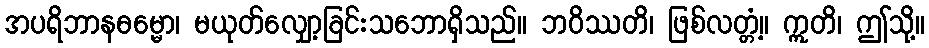
အပရိဘာနဓမ္မော၊ မယုတ်လျှော့ခြင်းသဘောရှိသည်။ ဘဝိဿတိ၊ ဖြစ်လတ္တံ့။ ဣတိ၊ ဤသို့။